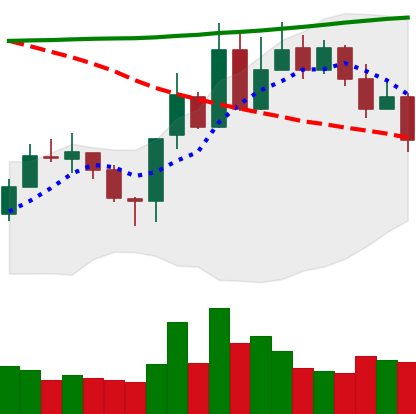
Ticker: XLM-USD
Chart end date: 2020-10-28
Forward return: -3.731%
Label: down_3_5